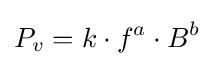
P_{v}=k\cdot f^{a}\cdot B^{b}